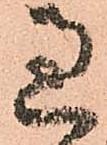
過